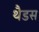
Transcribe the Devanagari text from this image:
थैडस